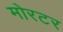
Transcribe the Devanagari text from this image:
मोरटर